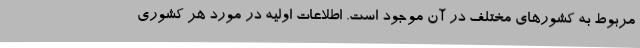
مربوط به کشورهای مختلف در آن موجود است. اطلاعات اولیه در مورد هر کشوری